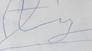
Signature authenticity: forged